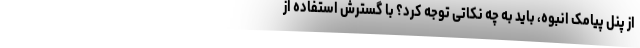
از پنل پیامک انبوه، باید به چه نکاتی توجه کرد؟ با گسترش استفاده از